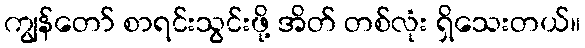
ကျွန်တော် စာရင်းသွင်းဖို့ အိတ် တစ်လုံး ရှိသေးတယ်။